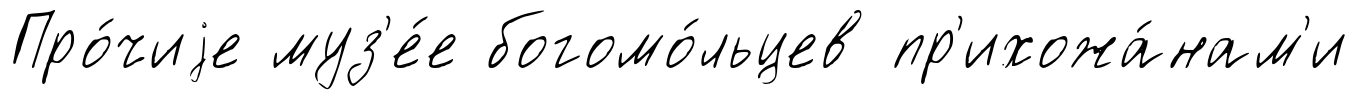
Про́чиjе муз'е́е богомо́льцев пр'ихожа́нам'и